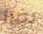
بضرر